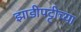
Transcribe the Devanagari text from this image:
झाडीपट्टीच्या